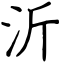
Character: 沂